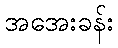
အအေးခန်း